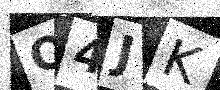
Text: O4JK